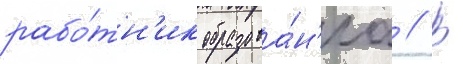
рабо́тн'ик образова́н'иа // В